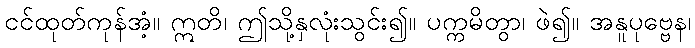
ငင်ထုတ်ကုန်အံ့။ ဣတိ၊ ဤသို့နှလုံးသွင်း၍။ ပက္ကမိတွာ၊ ဖဲ၍။ အနူပုဗ္ဗေန၊